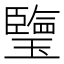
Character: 𤪋